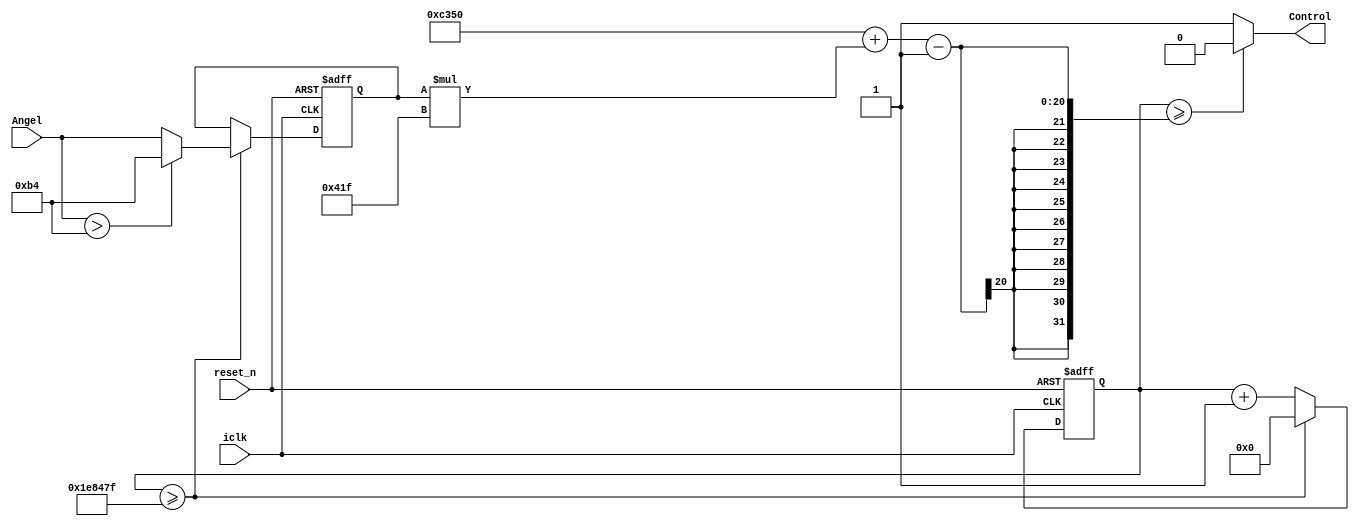
module ServoSG90(
						iclk		,
						reset_n	,
						Angel		,
						Control
					);//Verification OK!
input			iclk;
input 		reset_n;
input [7:0]	Angel;
output 		Control;

parameter miniPluse 	= 500;			//500us 	0.5ms
parameter maxPluse 	= 2400;			//2400us	2.4ms 
parameter cycle		= 20000;       //20000us 20ms
parameter clkValue 	= 100_000_000;	//100MHZ would choose Avalon salve interfac's system clk
parameter usValue    = 1_000_000;
parameter cycleCnt			= clkValue / usValue * cycle; 		//200w 	clk
parameter miniPluseCnt 		= clkValue / usValue * miniPluse;	//5w	   clk
parameter angelPluseUnit 	= clkValue / usValue * (maxPluse - miniPluse) / 180;// 1055 clk
reg 	[7:0]	angel;
reg 	[31:0]cnt;
always@(posedge iclk or negedge reset_n)begin
	if(!reset_n)begin
		angel	<=	0;
		cnt	<=	0;	
	end else begin
		if(cnt >= cycleCnt - 1)begin//20000us 20ms
			cnt	<=	0;
			angel	<=	Angel;
			if((Angel > 180))begin
				angel	<=	180;
			end else begin
				angel	<=	Angel;
			end
		end else begin
			cnt	<=	cnt + 1;
			angel	<=	angel;
		end
	end
end

assign Control = (cnt >= (miniPluseCnt + angel * angelPluseUnit - 1)) ? 0 : 1;
endmodule